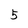
Character: 5